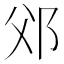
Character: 𨚅